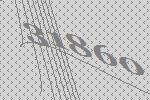
31860